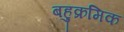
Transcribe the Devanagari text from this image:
बहुक्रमिक